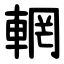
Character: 輞